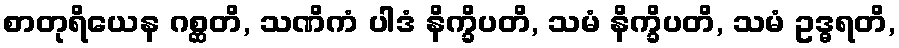
စာတုရိယေန ဂစ္ဆတိ, သဏိကံ ပါဒံ နိက္ခိပတိ, သမံ နိက္ခိပတိ, သမံ ဥဒ္ဓရတိ,